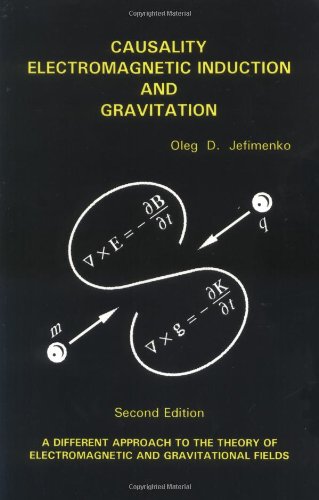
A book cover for Causality, Electromagnetic Induction, and Gravitation: A Different Approach to the Theory of Electromagnetic and Gravitational Fields, 2nd edition; Oleg D. Jefimenko; Science & Math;